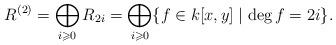
LaTeX: \begin{align*} R^{(2)} = \bigoplus_{i\geqslant0}R_{2i} = \bigoplus_{i\geqslant0}\{f\in k[x,y] \mid \deg f=2i\}. \end{align*}